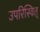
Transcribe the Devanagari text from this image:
उपरिस्वित्